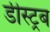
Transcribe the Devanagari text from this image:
डीस्ट्रब